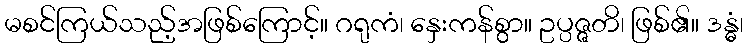
မစင်ကြယ်သည့်အဖြစ်ကြောင့်။ ဂရုကံ၊ နှေးကန်စွာ။ ဥပ္ပဇ္ဇတိ၊ ဖြစ်၏။ ဒန္ဓံ၊